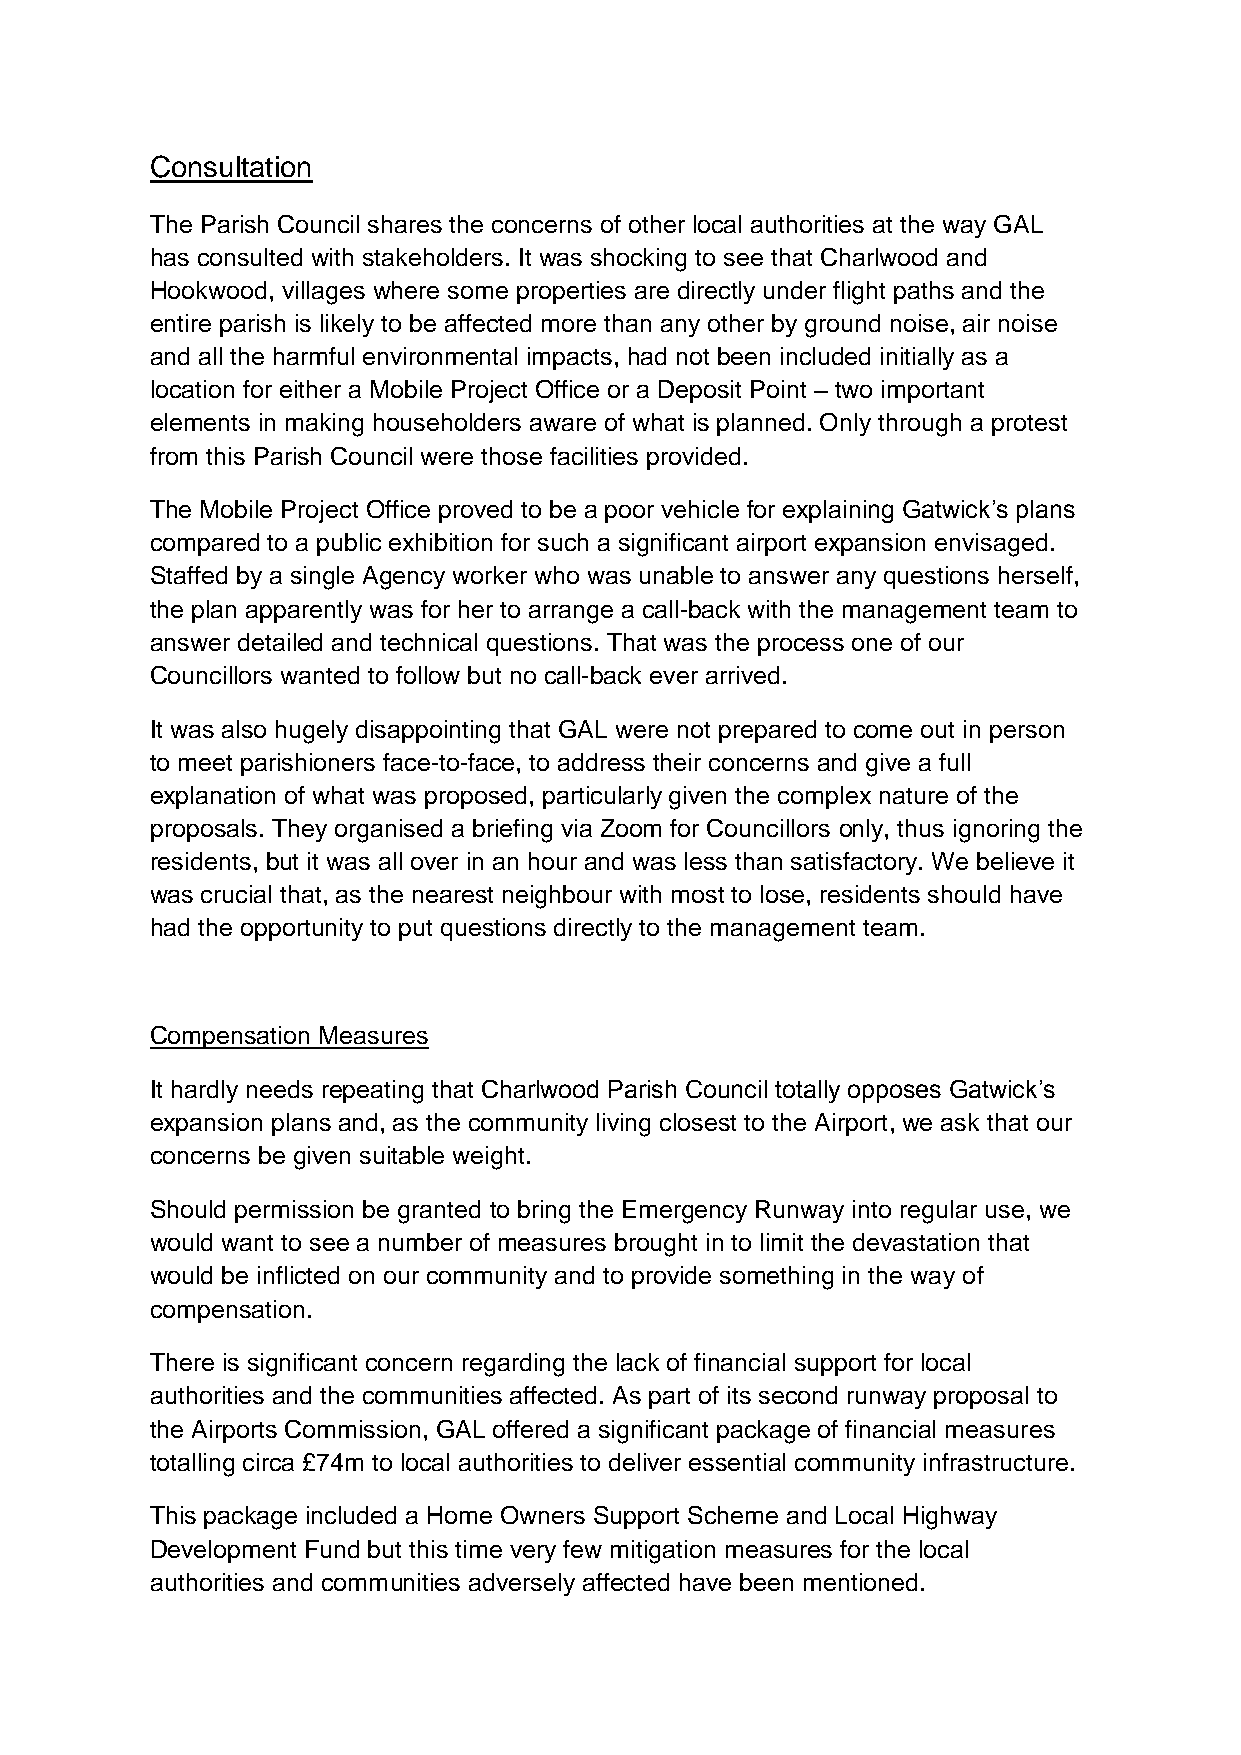
Consultation
 The Parish Council shares the concerns of other local authorities at the way GAL
 has consulted with stakeholders. It was shocking to see that Charlwood and
 Hookwood, villages where some properties are directly under flight paths and the
 entire parish is likely to be affected more than any other by ground noise, air noise
 and all the harmful environmental impacts, had not been included initially as a
 location for either a Mobile Project Office or a Deposit Point – two important
 elements in making householders aware of what is planned. Only through a protest
 from this Parish Council were those facilities provided.
 The Mobile Project Office proved to be a poor vehicle for explaining Gatwick’s plans
 compared to a public exhibition for such a significant airport expansion envisaged.
 Staffed by a single Agency worker who was unable to answer any questions herself,
 the plan apparently was for her to arrange a call-back with the management team to
 answer detailed and technical questions. That was the process one of our
 Councillors wanted to follow but no call-back ever arrived.
 It was also hugely disappointing that GAL were not prepared to come out in person
 to meet parishioners face-to-face, to address their concerns and give a full
 explanation of what was proposed, particularly given the complex nature of the
 proposals. They organised a briefing via Zoom for Councillors only, thus ignoring the
 residents, but it was all over in an hour and was less than satisfactory. We believe it
 was crucial that, as the nearest neighbour with most to lose, residents should have
 had the opportunity to put questions directly to the management team.
 Compensation Measures
 It hardly needs repeating that Charlwood Parish Council totally opposes Gatwick’s
 expansion plans and, as the community living closest to the Airport, we ask that our
 concerns be given suitable weight.
 Should permission be granted to bring the Emergency Runway into regular use, we
 would want to see a number of measures brought in to limit the devastation that
 would be inflicted on our community and to provide something in the way of
 compensation.
 There is significant concern regarding the lack of financial support for local
 authorities and the communities affected. As part of its second runway proposal to
 the Airports Commission, GAL offered a significant package of financial measures
 totalling circa £74m to local authorities to deliver essential community infrastructure.
 This package included a Home Owners Support Scheme and Local Highway
 Development Fund but this time very few mitigation measures for the local
 authorities and communities adversely affected have been mentioned.